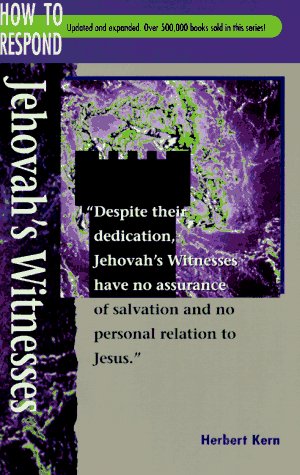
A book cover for Jehovah's Witnesses (How to Respond to World Religions); Concordia Pub; Christian Books & Bibles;